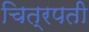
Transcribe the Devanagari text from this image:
चित्रपती